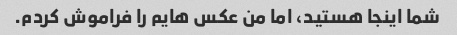
شما اینجا هستید، اما من عکس هایم را فراموش کردم.